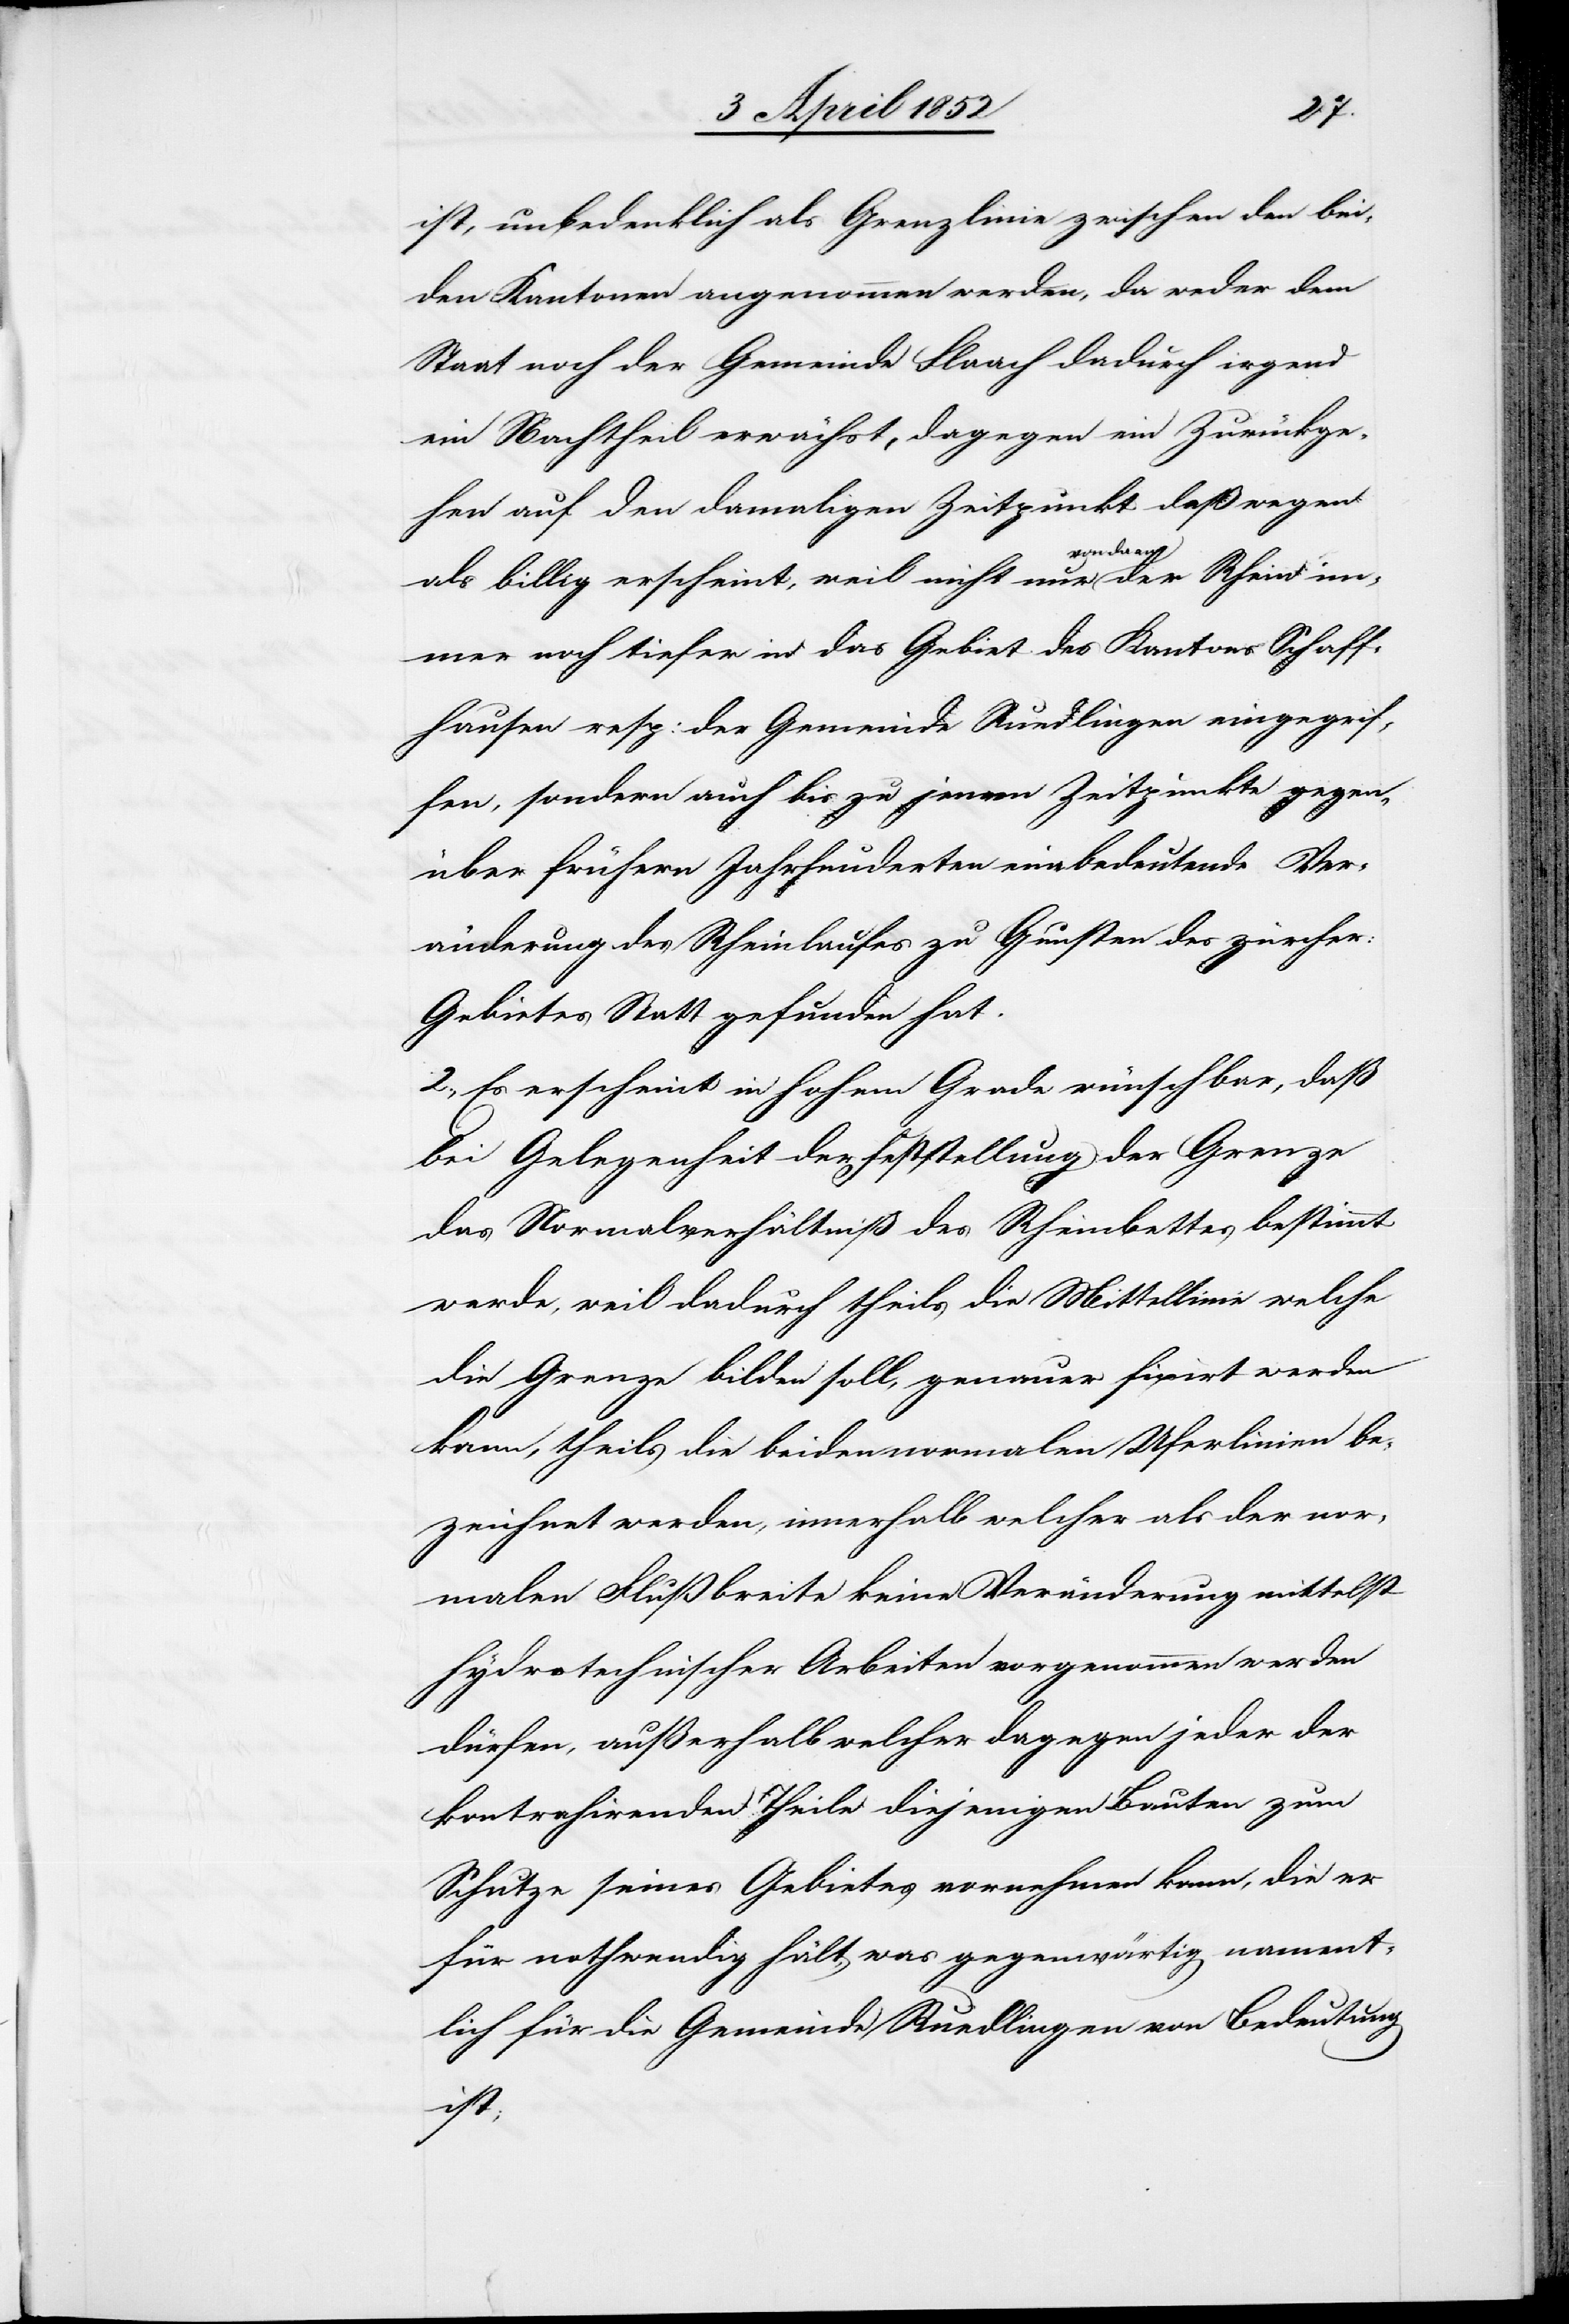
ist, unbedenklich als Grenzlinie zwischen den bei¬
den Kantonen angenommen werden, da weder dem
Staat noch der Gemeinde Flaach dadurch irgend
ein Nachtheil erwächst, dagegen ein Zurückge¬
hen auf den damaligen Zeitpunkt deßwegen
als billig erscheint, weil nicht nur von da an
immer noch tiefer in das Gebiet des Kantons Schaff¬
hausen resp: der Gemeinde Ruedlingen eingegrif¬
fen, sondern auch bis zu jenem Zeitpunkte gegen¬
über frühern Jahrhunderten eine bedeutende Ver¬
änderung des Rheinlaufes zu Gunsten des zürcher:
Gebietes Statt gefunden hat.
2., Es erscheint in hohem Grade wünschbar, daß
bei Gelegenheit der Feststellung der Grenze
das Normalverhältniß des Rheinbettes bestimmt
werde, weil dadurch theils die Mittellinie welche
die Grenze bilden soll, genauer fixirt werden
kann, theils die beiden normalen Uferlinien be¬
zeichnet werden, innerhalb welcher als der nor¬
malen Flußbreite keine Veränderung[en] mittelst
hydrotechnischer Arbeiten vorgenommen werden
dürfen, außerhalb welcher dagegen jeder der
kontrahirenden Theile diejenigen Bauten zum
Schutze seines Gebietes vornehmen kann, die er
für nothwendig hält, was gegenwärtig nament¬
lich für die Gemeinde Ruedlingen von Bedeutung
ist;